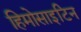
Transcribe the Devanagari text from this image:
हिमोसाइटिन